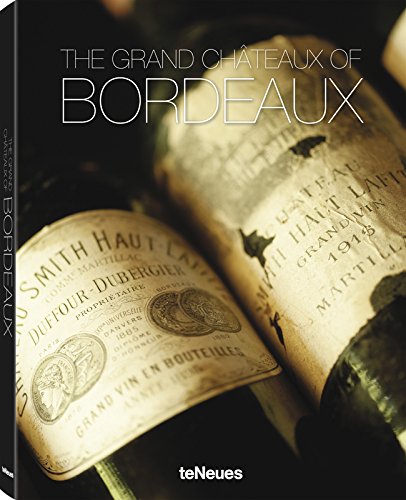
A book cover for The Grand ChÃ¢teaux of Bordeaux; Arts & Photography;